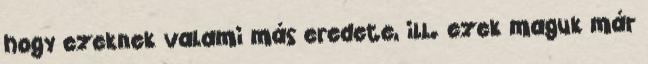
hogy ezeknek valami más eredete, ill. ezek maguk már